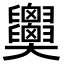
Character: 𦧂